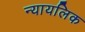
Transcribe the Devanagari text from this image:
न्यायलिक